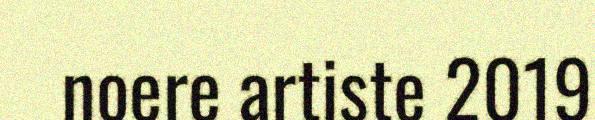
noere artiste 2019